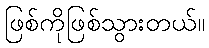
ဖြစ်ကိုဖြစ်သွားတယ်။